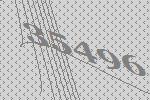
35496